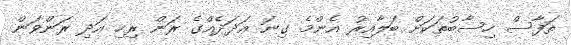
ތަފާސް ހިސާބުތަކަށް ބަލާއިރު އެންމެ ގިނަ ޢަދަދެއްގެ ރަން ރިހި އަދި ރަންވަން